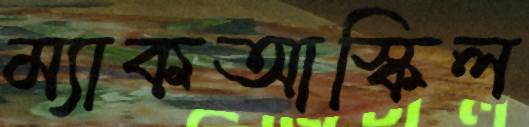
ম্যাকআস্কিল